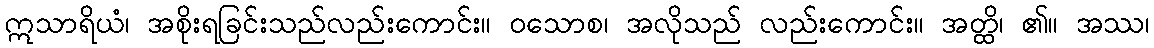
ဣသာရိယံ၊ အစိုးရခြင်းသည်လည်းကောင်း။ ဝသောစ၊ အလိုသည် လည်းကောင်း။ အတ္ထိ၊ ၏။ အဿ၊